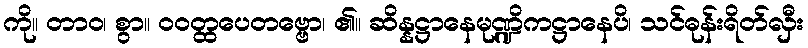
ကို။ တာဝ၊ စွာ။ ဝဝတ္ထပေတဗ္ဗော၊ ၏။ ဆိန္နဋ္ဌာနေမုဏ္ဍိကဋ္ဌာနေပိ၊ သင်ဓုန်းရိတ်လှီး